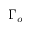
\Gamma _ { o }